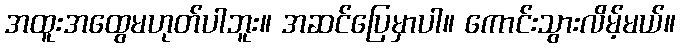
အထူးအထွေမဟုတ်ပါဘူး။ အဆင်ပြေမှာပါ။ ကောင်းသွားလိမ့်မယ်။